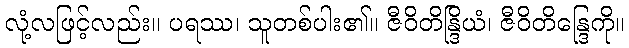
လုံ့လဖြင့်လည်း။ ပရဿ၊ သူတစ်ပါး၏။ ဇီဝိတိန္ဒြိယံ၊ ဇီဝိတိန္ဒြေကို။